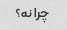
چرا نه؟